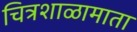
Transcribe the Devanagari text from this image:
चित्रशाळामाता